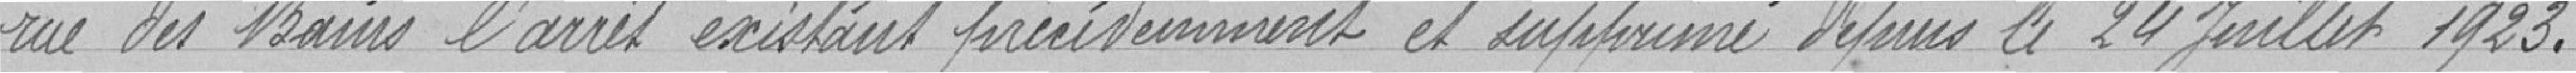
rue des Bains l'arrêt existant précédemment et supprimé depuis le 24 Juillet 1923 .